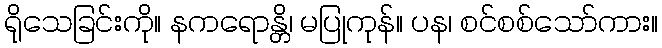
ရိုသေခြင်းကို။ နကရောန္တိ၊ မပြုကုန်။ ပန၊ စင်စစ်သော်ကား။